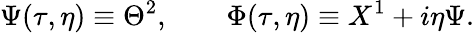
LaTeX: \Psi(\tau,\eta)\equiv\Theta^{2},\qquad\Phi(\tau,\eta)\equiv X^{1}+i\eta\Psi.